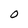
Character: O